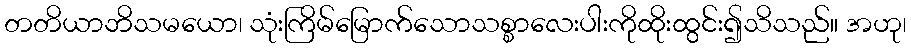
တတိယာဘိသမယော၊ သုံးကြိမ်မြောက်သောသစ္စာလေးပါးကိုထိုးထွင်း၍သိသည်။ အဟု၊